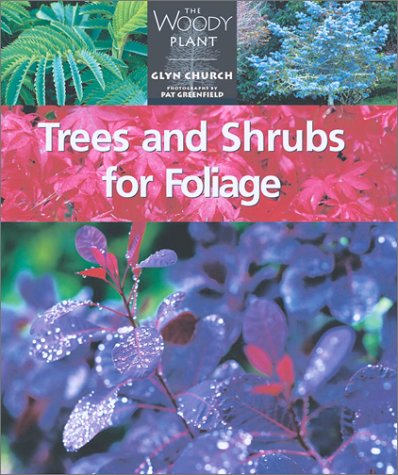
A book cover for Trees and Shrubs for Foliage (The Woody Plant); Glyn Church; Crafts, Hobbies & Home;